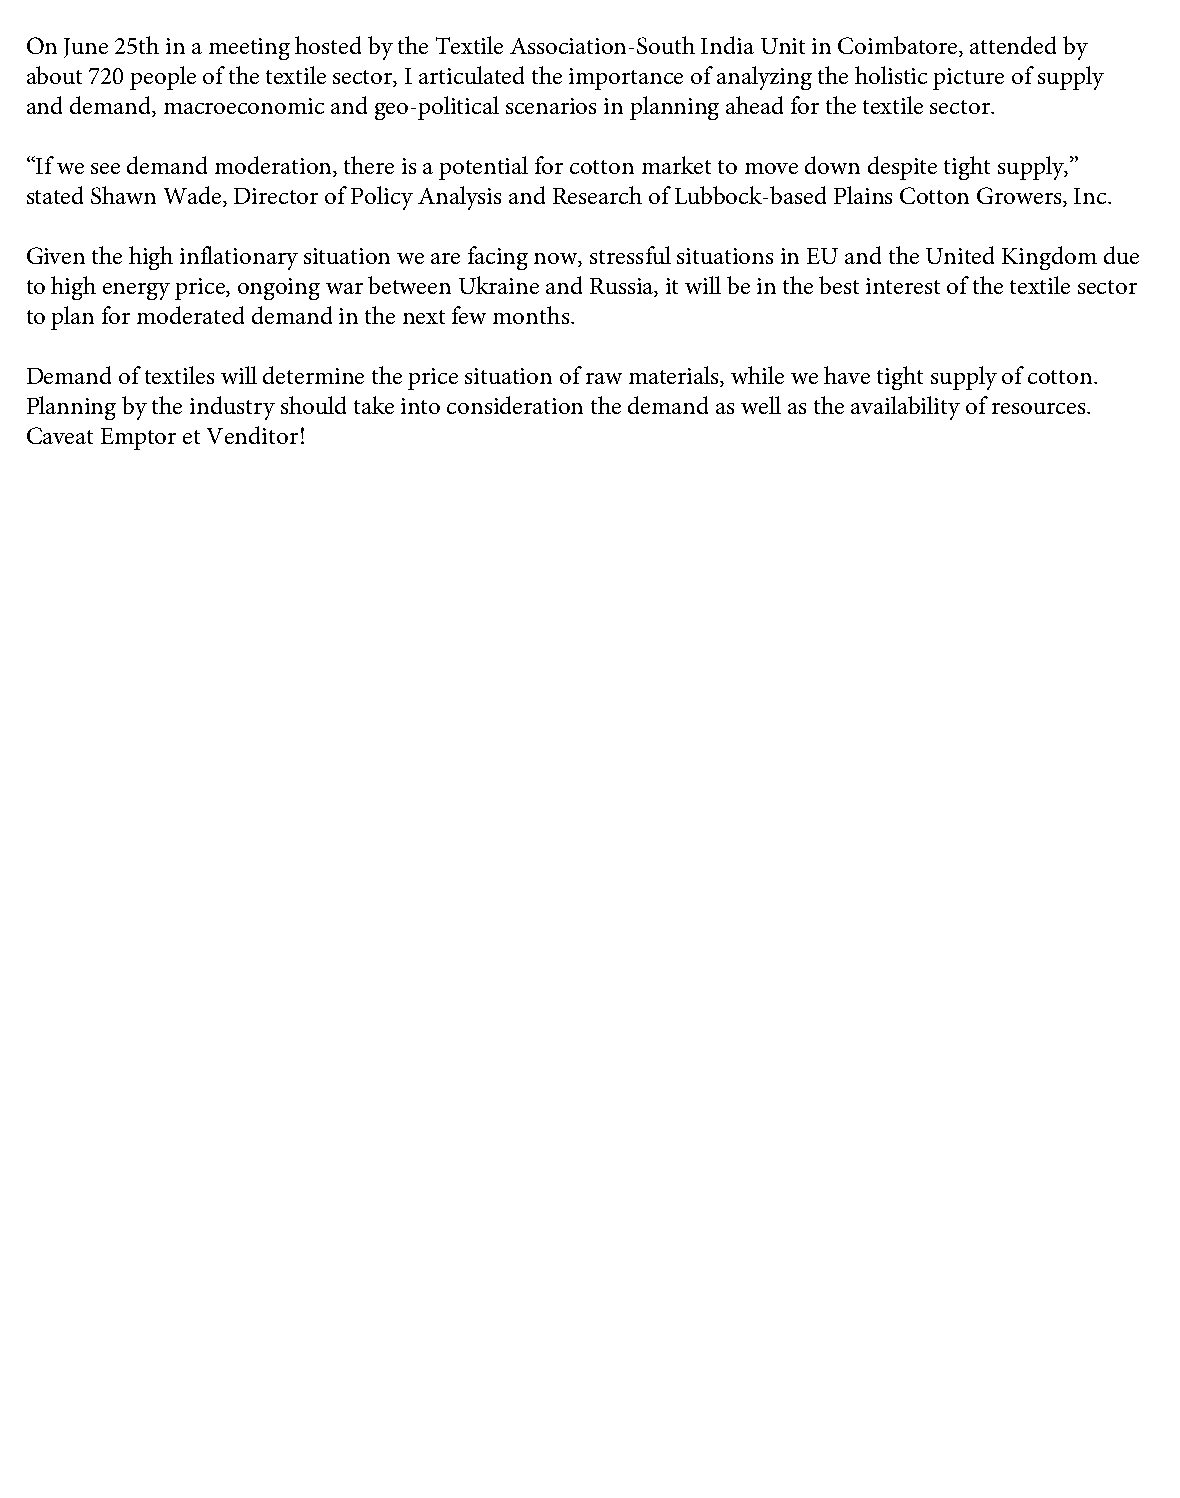
On June 25th in a meeting hosted by the Textile Association-South India Unit in Coimbatore, attended by
 about 720 people of the textile sector, I articulated the importance of analyzing the holistic picture of supply
 and demand, macroeconomic and geo-political scenarios in planning ahead for the textile sector.
 “If we see demand moderation, there is a potential for cotton market to move down despite tight supply,”
 stated Shawn Wade, Director of Policy Analysis and Research of Lubbock-based Plains Cotton Growers, Inc.
 Given the high inflationary situation we are facing now, stressful situations in EU and the United Kingdom due
 to high energy price, ongoing war between Ukraine and Russia, it will be in the best interest of the textile sector
 to plan for moderated demand in the next few months.
 Demand of textiles will determine the price situation of raw materials, while we have tight supply of cotton.
 Planning by the industry should take into consideration the demand as well as the availability of resources.
 Caveat Emptor et Venditor!